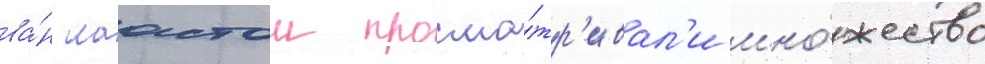
ва́н лаастом просма́тр'ивал'и мно́жество